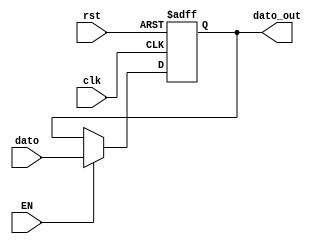
`timescale 1ns / 1ps
//////////////////////////////////////////////////////////////////////////////////
// Company: 
// Engineer: 
// 
// Design Name: 
// Module Name:    Reg_Data 
// Project Name: 
// Target Devices: 
// Tool versions: 
// Description: 
//
// Dependencies: 
//
// Revision: 
// Revision 0.01 - File Created
// Additional Comments: 
//
//////////////////////////////////////////////////////////////////////////////////
module Reg_Data(
		input wire [7:0] dato,
		input wire EN,
		input wire clk,
		input wire rst,
		output reg [7:0] dato_out
    );

always @ (posedge clk, posedge rst)
	if (rst)
		dato_out <= 8'b0;
	else if (EN)
		dato_out <= dato;

endmodule